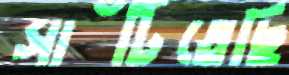
সাঁটিতেছি